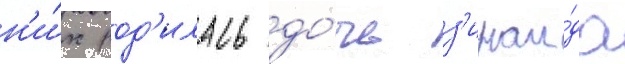
н'и́х род'илась до́чь з'инаи́да